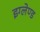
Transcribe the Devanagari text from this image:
इग्‍लेण्‍ड